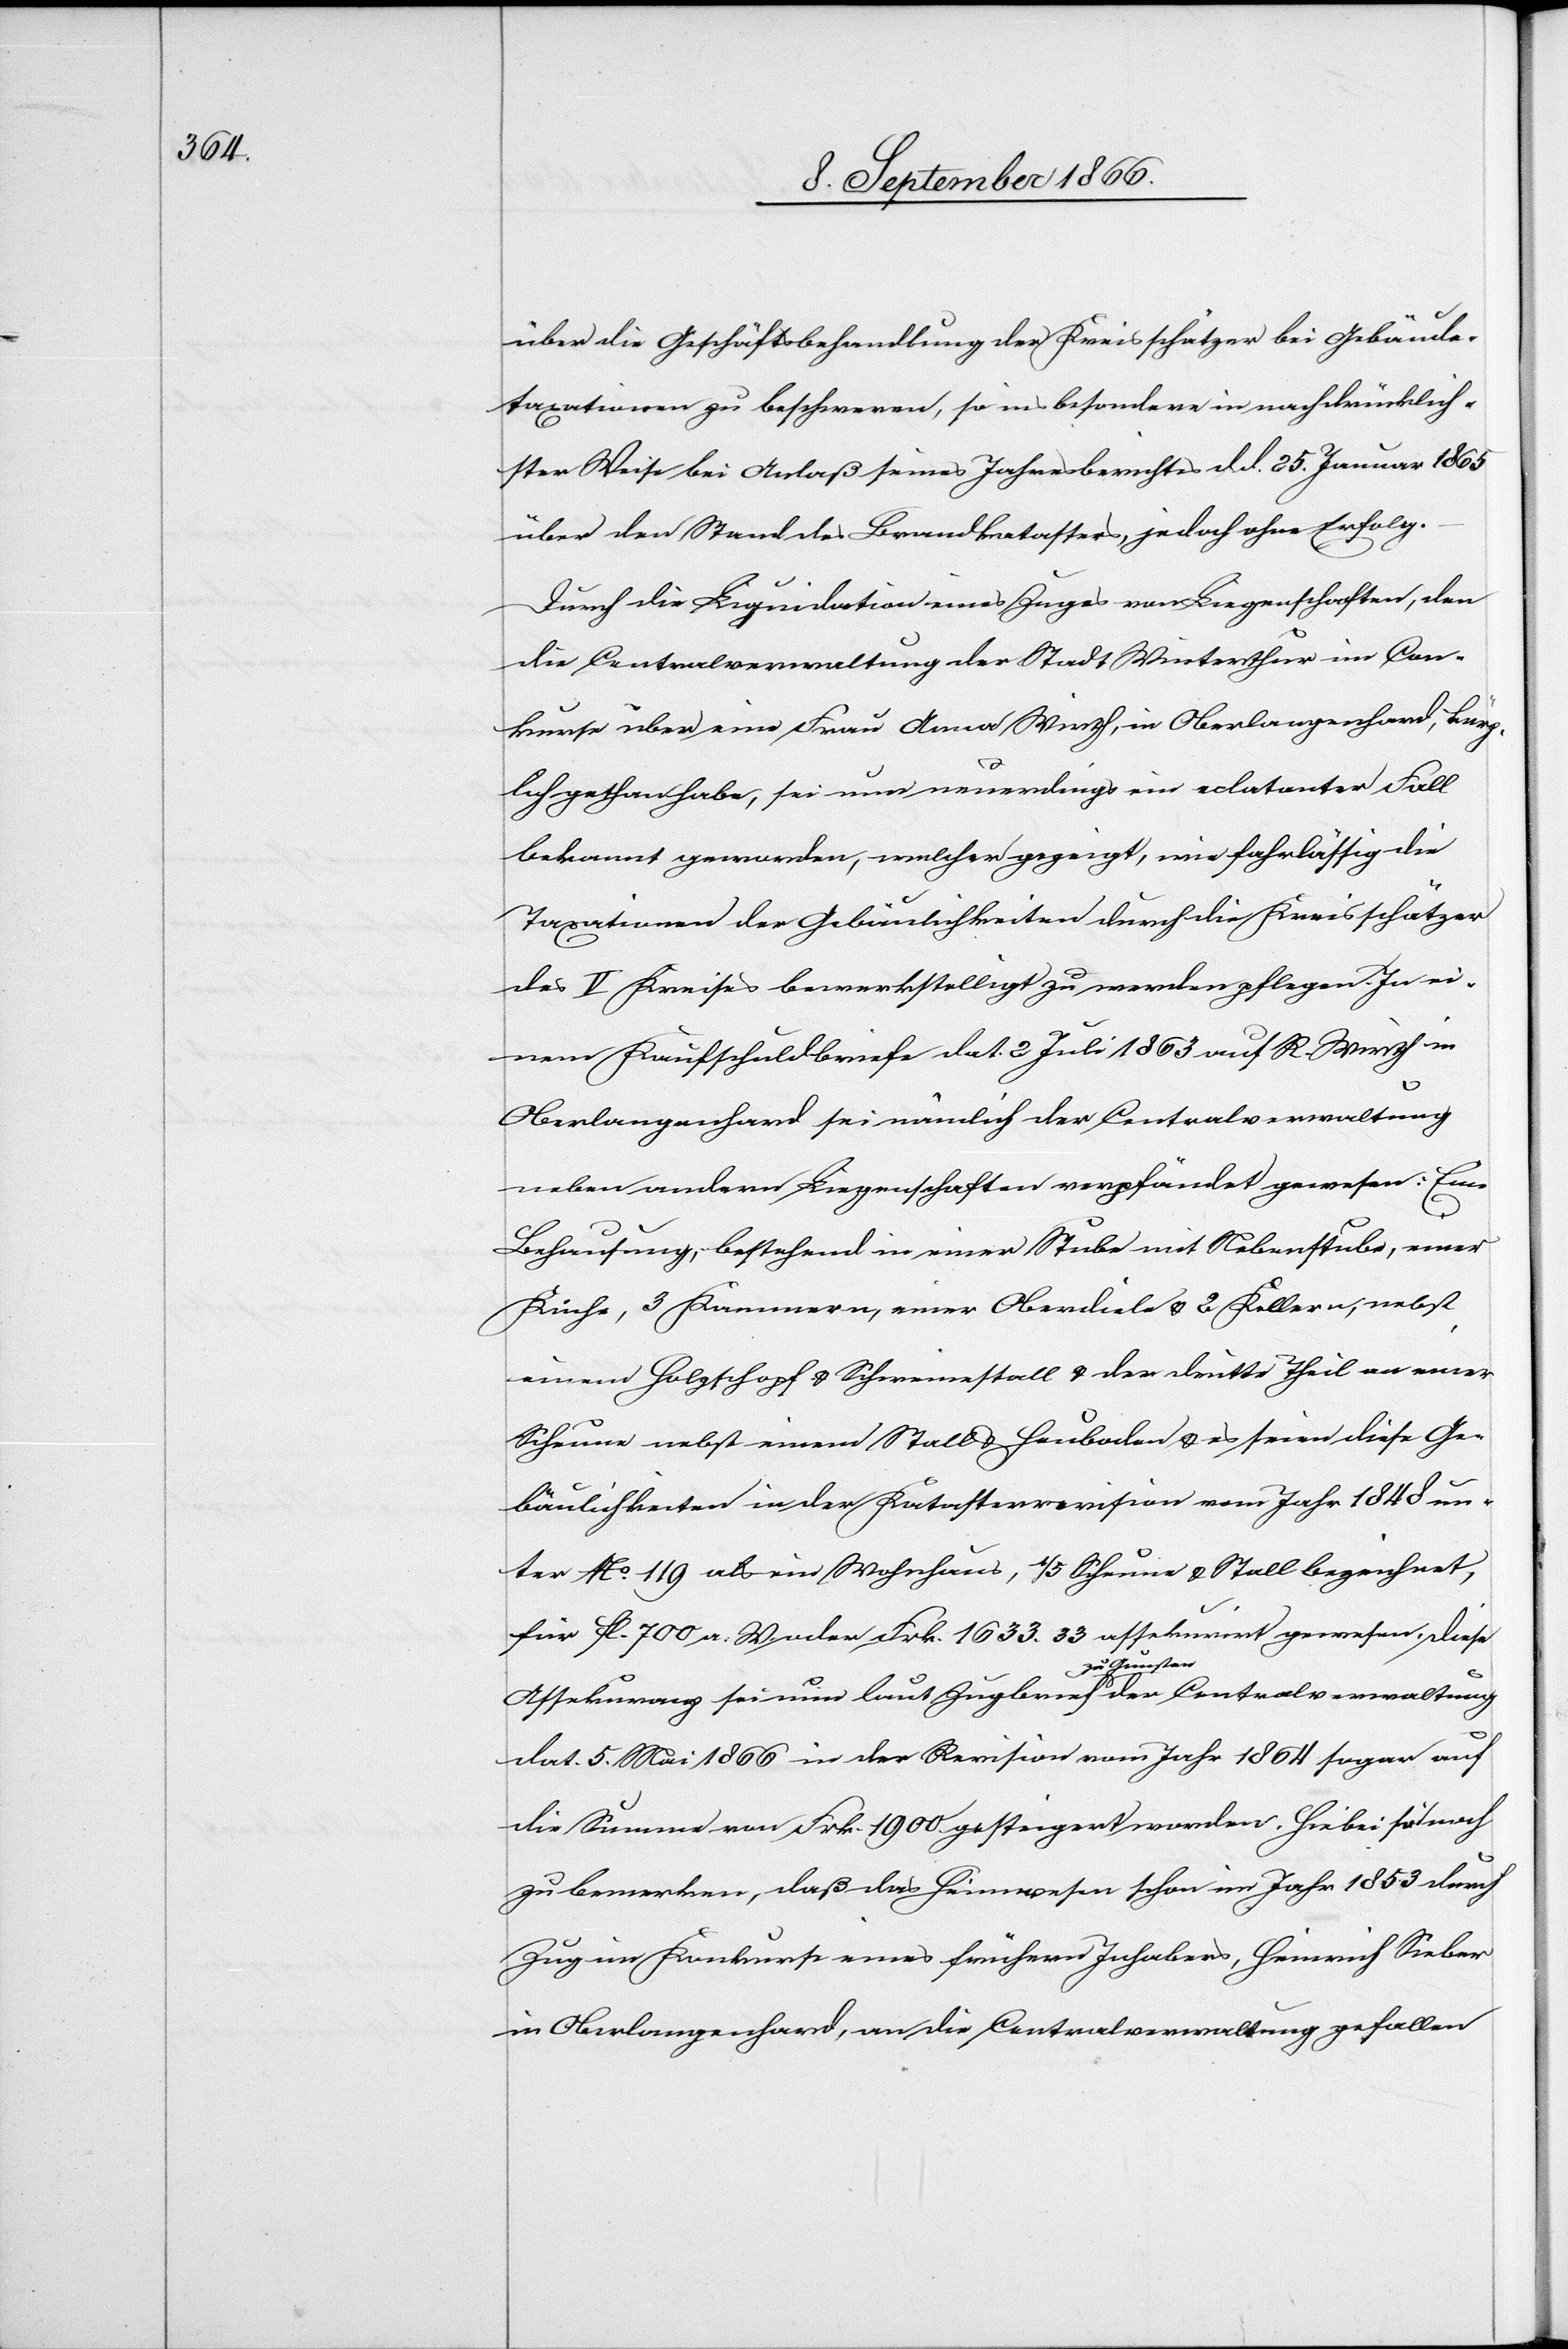
über die Geschäftsbehandlung der Kreisschätzer bei Gebäude¬
taxationen zu beschweren, so ins besondere in nachdrücklich¬
ster Weise bei Anlaß seines Jahresberichtes d. d. 25. Januar 1865
über den Stand des Brandkatasters, jedoch ohne Erfolg.
Durch die Liquidation eines Zuges von Liegenschaften, den
die Centralverwaltung der Stadt Winterthur im Con¬
kurse über eine Frau Anna Wirth, in Oberlangenhard, Burg¬
hof gethan habe, sei nun neuerdings ein eclatanter Fall
bekannt geworden, welcher gezeigt, wie fahrlässig die
Taxationen der Gebäulichkeiten durch die Kreisschätzer
des V Kreises bewerkstelligt zu werden pflegen. In ei¬
nem Kaufschuldbriefe dat. 2 Juli 1863 auf R. Wirth in
Oberlanghard sei nämlich der Centralverwaltung
neben andern Liegenschaften verpfändet gewesen: Eine
Behausung, bestehend in einer Stube mit Nebenstube, einer
Küche, 3 Kammern, einer Oberdiele u. 2 Kellern, nebst
einem Holzschopf u. Schweinestall u. der dritte Theil an einer
Scheune nebst einem Stall u. Heuboden u. es seien diese Ge¬
bäulichkeiten in der Katasterrevision vom Jahr 1848 un¬
ter No. 119 als ein Wohnhaus, 1/5 Scheune u. Stall bezeichnet,
für fl. 700 a. W. oder Frk. 1633.33 assekurirt gewesen. Diese
Assekuranz sei nun laut Zugbrief zu Gunsten der Centralverwaltung
dat. 5. Mai 1866 in der Revision vom Jahr 1864 sogar auf
die Summe von Frk. 1900 gesteigert worden. Hiebei sei noch
zu bemerken, daß das Heimwesen schon im Jahr 1853 durch
Zug im Konkurse eines frühern Inhabers, Heinrich Sieber
in Oberlangenhard, an die Centralverwaltung gefallen